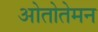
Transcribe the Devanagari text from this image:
ओतोतेमन